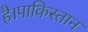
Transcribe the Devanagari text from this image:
है।पाकिस्तान